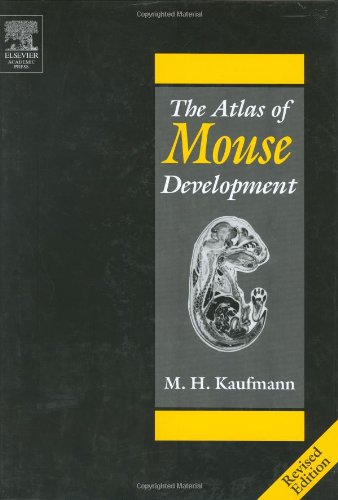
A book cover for The Atlas of Mouse Development; Matthew H. Kaufman; Medical Books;